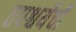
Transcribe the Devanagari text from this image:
तपश्चर्येची